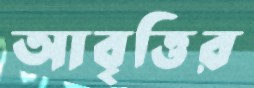
আবৃত্তির